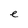
Character: e